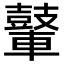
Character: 𮝪